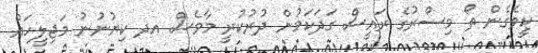
ކީވެގެން ތޯ މިސްރުގެ ރައީސް ގަދަކަމުން ދުރުކުރީ މާވެސް އދ ކިޔުނުނު މަޖިލީހައް